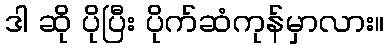
ဒါ ဆို ပိုပြီး ပိုက်ဆံကုန်မှာလား။